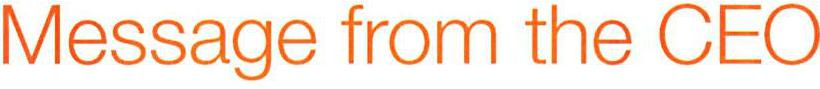
Message from the CEO